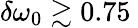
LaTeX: \delta\omega_{0}\gtrsim 0.75\